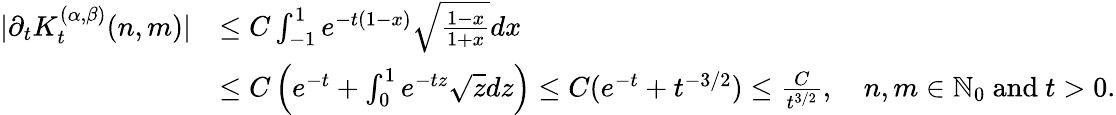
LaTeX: \begin{array}{rl}{|\partial_{t}K_{t}^{(\alpha,\beta)}(n,m)|}&{\le C\int_{-1}^{1}e^{-t(1-x)}\sqrt{\frac{1-x}{1+x}}dx}\\ &{\le C\left(e^{-t}+\int_{0}^{1}e^{-tz}\sqrt{z}dz\right)\le C(e^{-t}+t^{-3/2})\le\frac{C}{t^{3/2}},\quad n,m\in{\mathbb{N}_{0}}\mathrm{~and~}t>0.}\end{array}